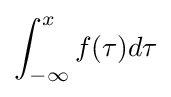
\int _{-\infty }^{x}f(\tau )d\tau